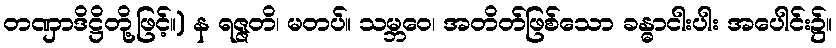
တဏှာဒိဋ္ဌိတို့ဖြင့်။) န ရဇ္ဇတိ၊ မတပ်။ သမ္ဘဝေ၊ အတိတ်ဖြစ်သော ခန္ဓာငါးပါး အပေါင်း၌။